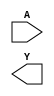
/**
 * Copyright 2020 The SkyWater PDK Authors
 *
 * Licensed under the Apache License, Version 2.0 (the "License");
 * you may not use this file except in compliance with the License.
 * You may obtain a copy of the License at
 *
 *     https://www.apache.org/licenses/LICENSE-2.0
 *
 * Unless required by applicable law or agreed to in writing, software
 * distributed under the License is distributed on an "AS IS" BASIS,
 * WITHOUT WARRANTIES OR CONDITIONS OF ANY KIND, either express or implied.
 * See the License for the specific language governing permissions and
 * limitations under the License.
 *
 * SPDX-License-Identifier: Apache-2.0
 */

`ifndef SKY130_FD_SC_HVL__INV_SYMBOL_V
`define SKY130_FD_SC_HVL__INV_SYMBOL_V

/**
 * inv: Inverter.
 *
 * Verilog stub (without power pins) for graphical symbol definition
 * generation.
 *
 * WARNING: This file is autogenerated, do not modify directly!
 */

`timescale 1ns / 1ps
`default_nettype none

(* blackbox *)
module sky130_fd_sc_hvl__inv (
    //# {{data|Data Signals}}
    input  A,
    output Y
);

    // Voltage supply signals
    supply1 VPWR;
    supply0 VGND;
    supply1 VPB ;
    supply0 VNB ;

endmodule

`default_nettype wire
`endif  // SKY130_FD_SC_HVL__INV_SYMBOL_V